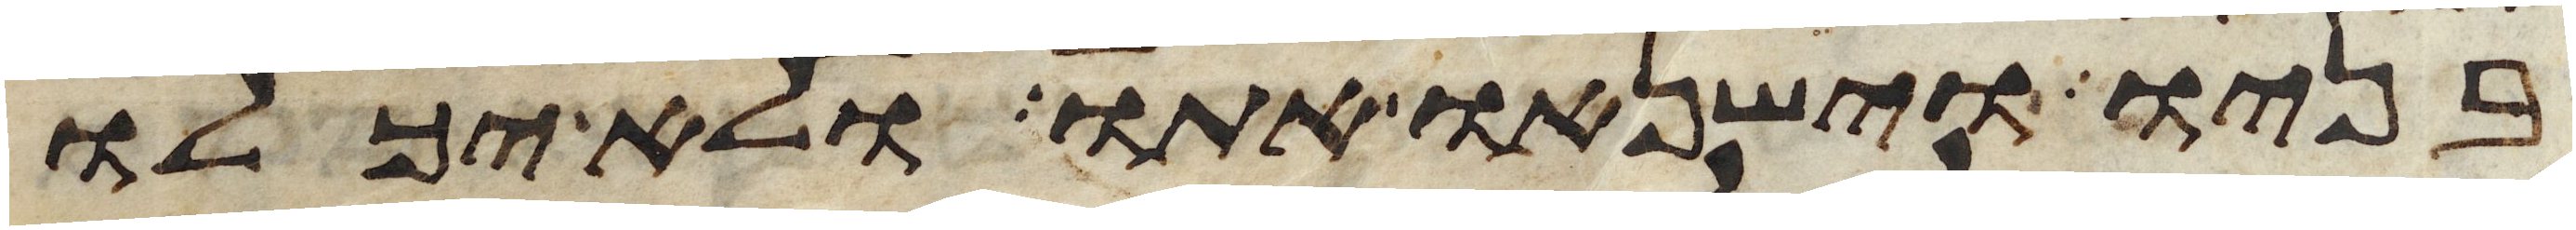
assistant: בניו וישנאו אתו ולא יכלו